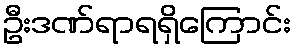
ဦးဒဏ်ရာရရှိကြောင်း